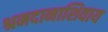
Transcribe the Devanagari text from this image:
श्रमदानाशिवाय